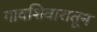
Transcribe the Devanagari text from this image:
गावशिवारातून